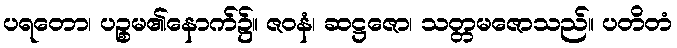
ပရတော၊ ပဉ္စမ၏နောက်၌။ ဇဝနံ၊ ဆဋ္ဌဇော၊ သတ္တမဇောသည်။ ပတိတံ